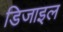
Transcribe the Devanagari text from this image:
डिजाइल